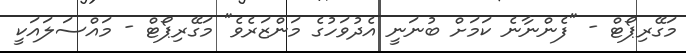
މަގޭރިޕޯޓް - "ފެންނާނެ ކަމަށް ބުނަނީ އެދުވަހުގެ މަންޒަރެވެ" މަގޭރިޕޯޓް - މައްސަލައަކީ